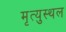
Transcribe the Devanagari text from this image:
मृत्युस्थल